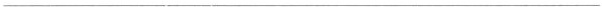
___